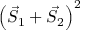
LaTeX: \left( { \vec { S } } _ { 1 } + { \vec { S } } _ { 2 } \right) ^ { 2 }